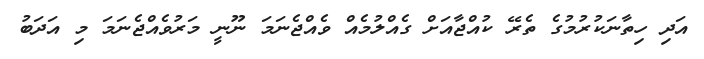
އަދި ހިތާނަކުރުމުގެ ތެރޭ ކުއްޖާއަށް ގެއްލުމެއް ވެއްޖެނަމަ ނޫނީ މަރުވެއްޖެނަމަ މި އަދަބު